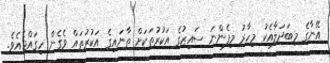
އޭނާގެ މިބަދަލާއެކު މިހާރު މިފެންނަ ސައިޒުގެ އަކުރުތަކަށް ތާނައިގެ އަކުރުތައް ވެގެން ހިގައްޖެއެވެ.